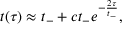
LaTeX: t ( \tau ) \approx t _ { - } + c t _ { - } e ^ { - \frac { 2 \tau } { t _ { - } } } ,